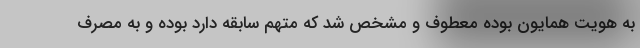
به هویت همایون بوده معطوف و مشخص شد که متهم سابقه دارد بوده و به مصرف